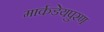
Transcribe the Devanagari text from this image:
मार्कडेयपुरण